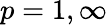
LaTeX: p=1,\infty